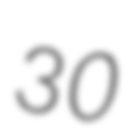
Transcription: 30